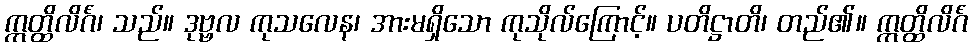
ဣတ္ထိလိင်္ဂံ၊ သည်။ ဒုဗ္ဗလ ကုသလေန၊ အားမရှိသော ကုသိုလ်ကြောင့်။ ပတိဋ္ဌာတိ၊ တည်၏။ ဣတ္ထိလိင်္ဂံ